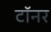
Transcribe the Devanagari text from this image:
टॉनर